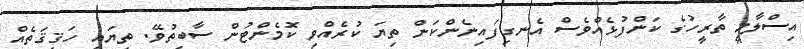
އިސްލާމީ ތާރީހުގެ ކަންފުޅެއްވެސް އެނގިފައިނެންކަން ތިޔަ ކުރެއްވި ކޮމެންޓުން ސާބިތުވޭ. ތިޔައީ ހަޤީޤަތެއް